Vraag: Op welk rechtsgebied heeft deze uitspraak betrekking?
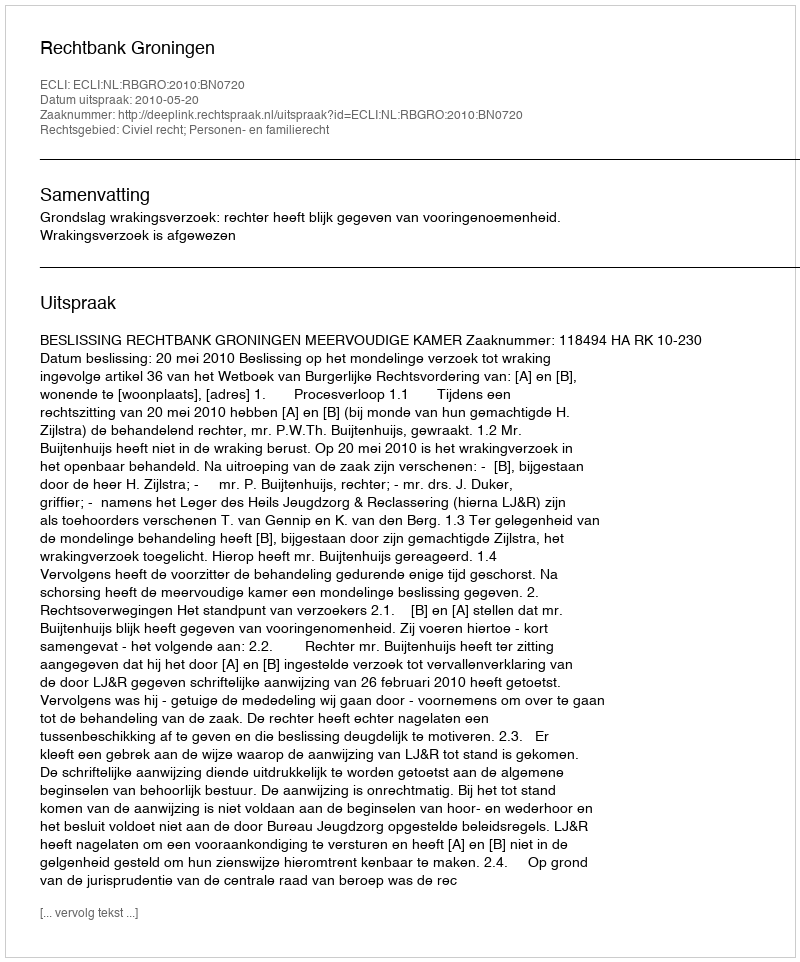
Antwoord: Civiel recht; Personen- en familierecht